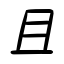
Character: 且